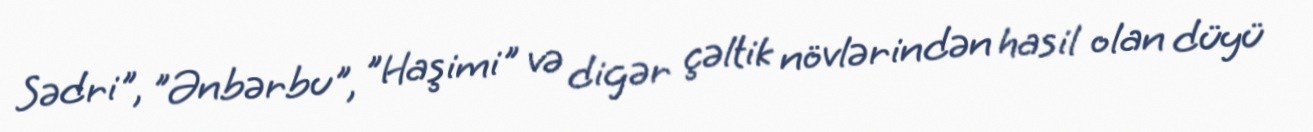
Sədri", "Ənbərbu", "Haşimi" və digər çəltik növlərindən hasil olan düyü